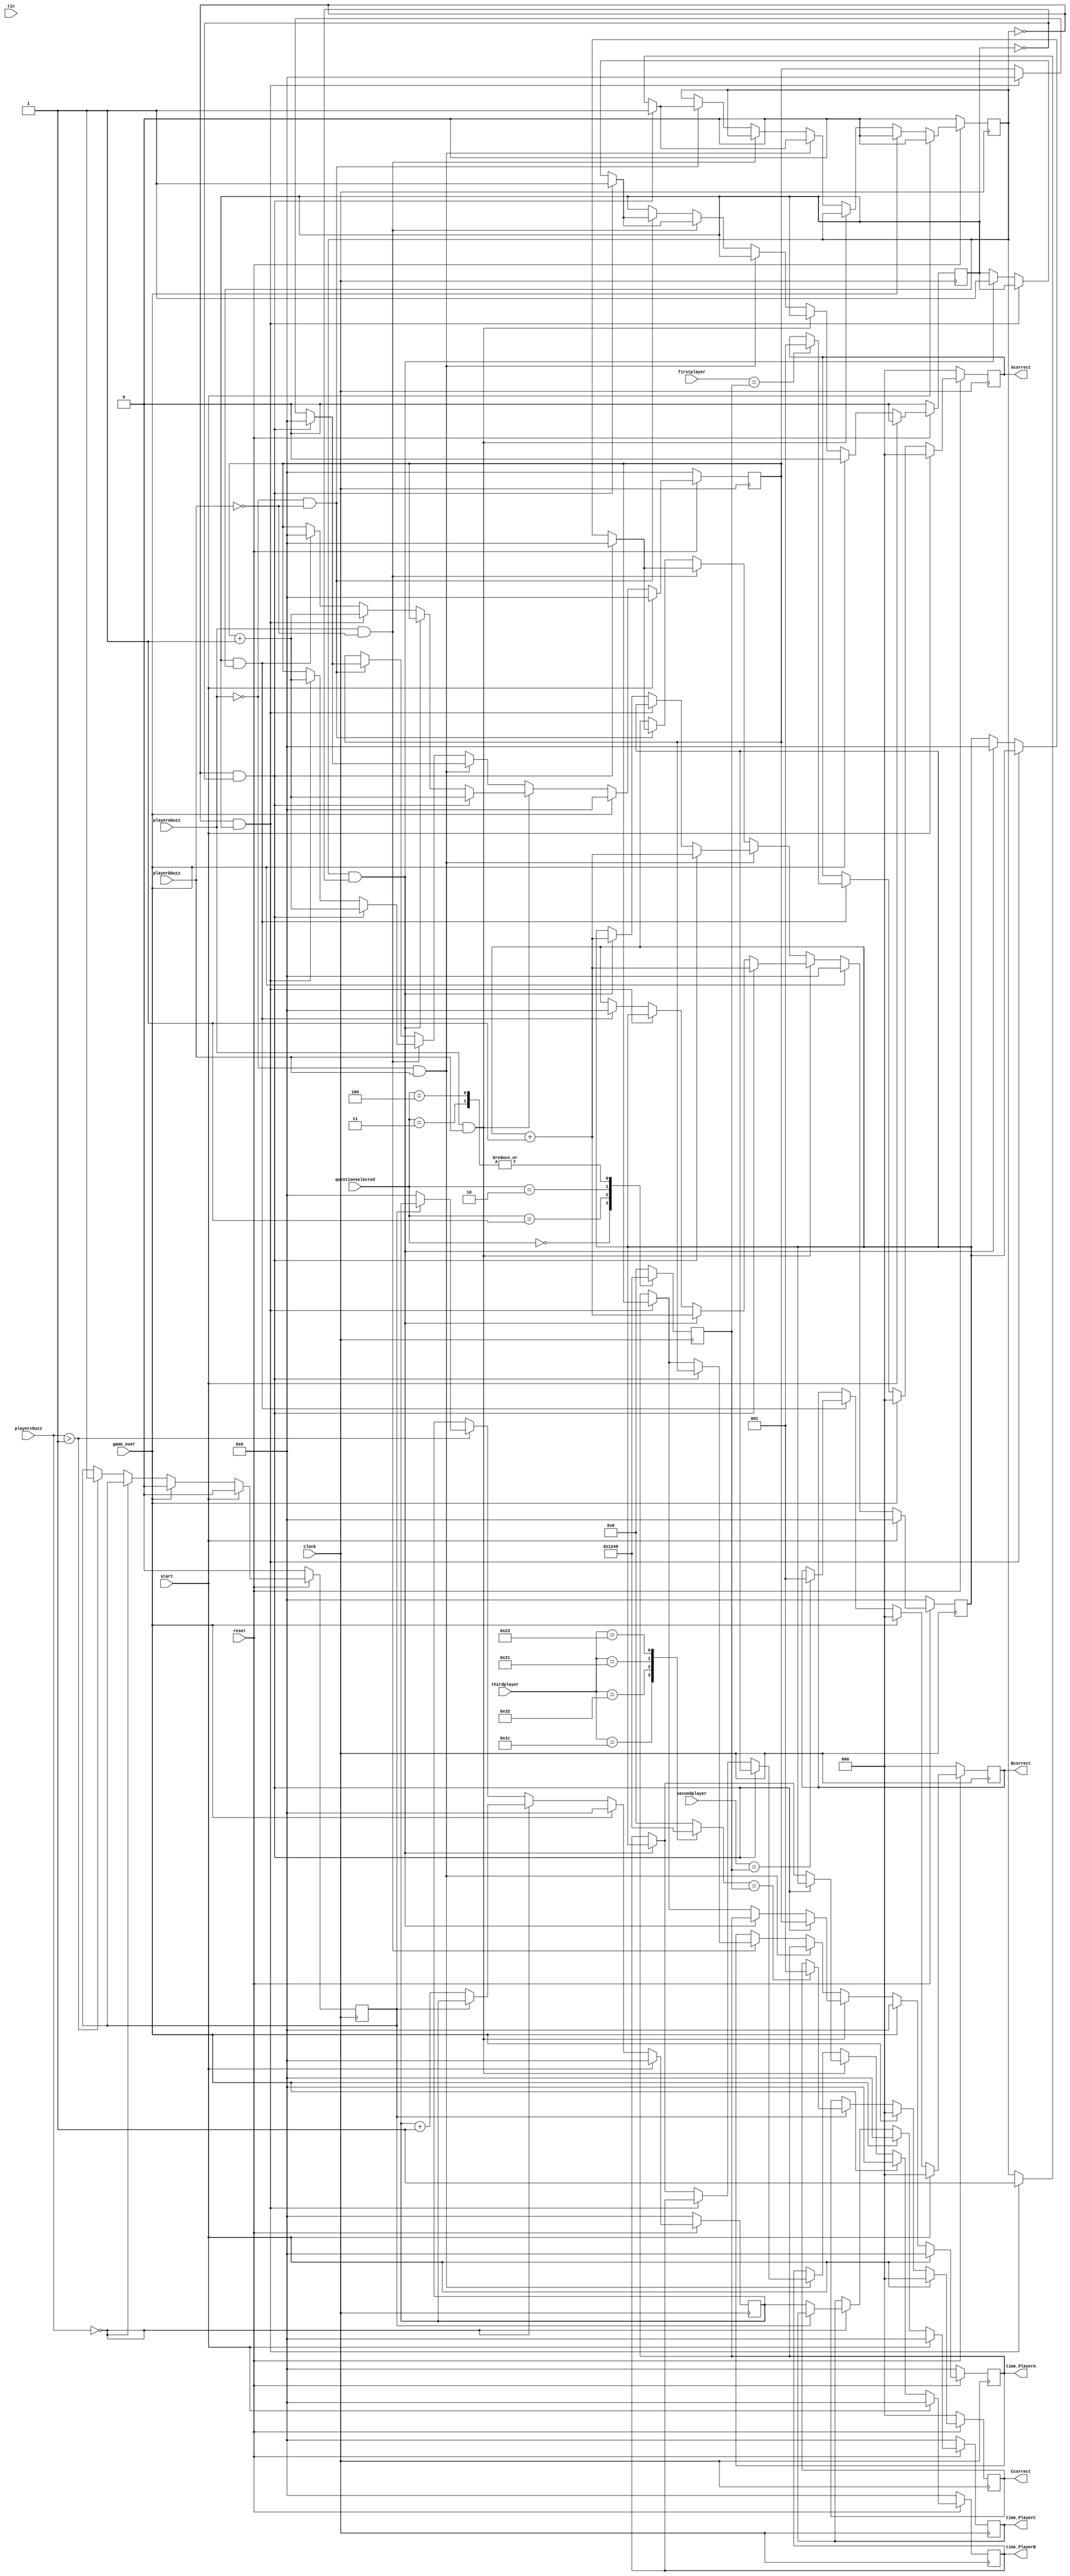
module datapath(tic,Acorrect,Bcorrect,Ccorrect,clock,reset,firstplayer,secondplayer,thirdplayer,time_PlayerA,
time_PlayerB,time_PlayerC,start,questionselected,playerabuzz,playerbbuzz,playercbuzz,game_over);

//ADD THIRD AND FOURTH PLAYER LATER
//FIRSTPLAYER IS OPTIONS
//QUESTION SELECTED IS THE QUESTION PATTERN SELECTED
//START IS GAME START
//player1buzz is the key from top module





 

input [3:0]firstplayer;//options
input [3:0]secondplayer;//options
input [7:0]thirdplayer;
reg [3:0]coptions;
//converting from keyboard to proper input 
always @(*)
 begin
 case (thirdplayer)
 8'h 1C: coptions=4'b0001;
 8'h 32: coptions=4'b0010;
 8'h 21: coptions=4'b0100;
 8'h 23: coptions=4'b1000;
default: coptions=4'b0000;
endcase
end 









input game_over;//comming from controller to display rankings 
input clock,start,reset;//start is comming from the controller to begin a new game


input tic;//comes every 1 millisecond from controller/top module

input[2:0] questionselected;//from control-determines which qs is selected

input playerabuzz,playerbbuzz;
input [7:0]playercbuzz;



output reg [25:0] time_PlayerA;//the time taken by each player
output reg [25:0] time_PlayerB;
output reg [25:0] time_PlayerC;




  

output reg  [2:0] Acorrect;//one bit wires to determine wether or not the player answered correctly 
output reg [2:0]Bcorrect;
output reg [2:0]Ccorrect;

reg [25:0]qa;//the time counting machinery
reg [25:0]qb;
reg [25:0] qc;


reg A_pressed;//signal the pressing of the buzzer-different from Abuzz and Bbuzz
reg B_pressed;
reg C_pressed;


//the correctoptions coding
reg [3:0]correctanswers;
always@(posedge clock)
begin
case(questionselected)//commimg from control deciding which answer is orrect for particular qs 
3'b000: correctanswers= 4'b0001;//answer to question 1 is option a(if question1)//one hot encoding intuitive 
 3'b001: correctanswers=4'b0010;//answer to question 2 is option b
 3'b010: correctanswers=4'b0100;//answer to question3 is option c
 3'b011: correctanswers=4'b1000;//answer to question4 is option d
 3'b100: correctanswers=4'b1000;//answer to question5 is also d
 
 default:correctanswers=4'b0000;//set default to 0
		
	
endcase
end


   
    
    // what is happening for evry question
    always@(posedge clock) begin
        if((!reset)  ) begin//this is manual reset after every question
            
				Acorrect<=3'b0;
				Bcorrect<=3'b0;
				Ccorrect<=3'b0;
				
				time_PlayerA<=25'b0;
				time_PlayerB<=25'b0;
				time_PlayerC<=25'b0;
				
				A_pressed<=1'b0;
		      B_pressed<=1'b0;
				C_pressed<=1'b0;
				
				qa<=0;
		      qb<=0;
				qc<=0;
				
				
        end

else begin//if not reset
           
			if(start)//game has begun reset all output signals-also reset after every question 
	         begin 
			
				Acorrect<=3'b0;
				Bcorrect<=3'b0; 
				Ccorrect<=3'b0;
				
				 
				time_PlayerA<=25'b0;
				time_PlayerB<=25'b0;
				time_PlayerC<=25'b0;
				
				
				
				A_pressed<=1'b0;
		      B_pressed<=1'b0;
				C_pressed<=1'b0;
				
				qa<=0;
		      qb<=0;
				qc<=0;
				
				
		      end
				
			
			
			else if(game_over)//controller signalled the end of game 
			     begin
				  //the logic to compute winner goes here-done in top level module 
			Acorrect<=3'b0;
				Bcorrect<=3'b0;
				Ccorrect<=3'b0;

				
				 
				time_PlayerA<=25'b0;
				time_PlayerB<=25'b0;
				time_PlayerC<=25'b0;
				
				
				
				A_pressed<=1'b0;
		      B_pressed<=1'b0;
				C_pressed<=1'b0;
				
				qa<=0;
		      qb<=0;
			    qc<=0;
			
			
			
			
			
			
			end
			
			
			
			else//game  not over yet, not new round so keep comp time and rankings 
			  begin
			  
			  //the timer logic
			  if(playerabuzz & playerbbuzz)//SEEMS LIKE nobody pressed
	     begin
		     if(A_pressed==0 &B_pressed==0 )//nobody pressed//
			     begin
				  //start counter for both players times
				  qa<=qa+1;
				  qb<=qb+1;
				  time_PlayerA<=qa;
				  time_PlayerB<=qb;
				  end
			 else if(A_pressed==1&B_pressed==0 )//A has already  given input B hasnt yet
			       begin
					 qb<=qb+1;//continue timer of B
					 time_PlayerB<=qb;
					 //do nothing with player a's time-taken care below
					 end
			else if(A_pressed==0 & B_pressed==1)//B gave input A didnt yet
      			begin
					  qa<=qa+1;
					 time_PlayerA<=qa;
					 end
			else if(B_pressed==1 & A_pressed==1)//both players have given inputs already and key debounced to 1
			       begin
					 qb<=0;//do nothing??
					 qa<=0;//dont increment counter keep time as it is to be stored in register
					 end
		 end
		else if(playerabuzz==0 & playerbbuzz==1)//THE VERY INSTANCE when  player A toggles his switch and B doesnt-sig delay
		      begin
			       if(A_pressed==0 &B_pressed==0)//first time input-ACCEPT-A pressing first B not pressed yet
			         begin
				      A_pressed<=1'b1;//make this one so it never enters loop again untill reset pressed
						qa<=0;//stop counter of A while result intact in register time_PlayerA
						qb<=qb+1;//keep counting B
						time_PlayerB<=qb;//assign and store time of B
						end
					 else if(A_pressed==0 & B_pressed==1)//B gave input, A is giving later-now
					      begin
							A_pressed<=1'b1;//make this one so it never enters loop again
					      qa<=0;//stop timer for A leave time_playerA intact
							//dont touch B
					      end
					else if(A_pressed==1 & B_pressed==0)//A has already given input trying again-dont accept!!-B not yet given
					     begin
						  qb<=qb+1;//increment time for qb
						  time_PlayerB<=qb;//store value in reg
						  //dont do anything with qa-already set to zeroor set to zero??
						  end
					else if (A_pressed==1 &B_pressed==1)//both player gave inputs-A trying again
				        begin
						  //do nothing ?? or set to zero??
						  end
		end
		else if(playerabuzz==1 & playerbbuzz==0)//player B had has pressed the buzzer
		       begin
			       if(A_pressed==0 &B_pressed==0)//first time input-ACCEPT-B A not pressed yet 
			         begin
				      B_pressed<=1'b1;//make this one so it never enters loop again untill reset pressed
						qb<=0;//stop counter of B while result intact in register time_PlayerB
						qa<=qa+1;//keep counting A
						time_PlayerA<=qa;//assign and store time of A
						end
					 else if(A_pressed==0 & B_pressed==1)//B gave input trying again!!, A not yet given
					      begin
							qa<=qa+1;//continue timer of A
					      time_PlayerA<=qa;//store value in register
							//dont touch B
					      end
					else if(A_pressed==1 & B_pressed==0)//A has already given input B is giving later-Now
					     begin
						  B_pressed<=1'b1;//so it never enters loop again 
						  qb<=0;//reset counter of B
						  //time stotrein in reg time_playerB
						  //dont touch A
						  end
					else if (A_pressed==1 &B_pressed==1)//both player gave inputs-B trying again
				        begin
						  //do nothing ?? or set to zero??
						  end
						  
			end
			
						  
	 else if (playerabuzz==0 & playerbbuzz==0)//both actually pressed together-is it even possible??
	        
			  //really difficult for two player to synchronise inputs with the same positive clock edge
			  
			  begin
			       if(A_pressed==0 &B_pressed==0)//first time input-accept for both A and B
			         begin
				      B_pressed<=1'b1;//make this one so it never enters loop again untill reset pressed
						qb<=0;//stop counter of B while result intact in register time_PlayerB
						A_pressed<=1'b1;//A has also pressed
						qa<=0;//set counter of A to zero
						end
					 else if(A_pressed==0 & B_pressed==1)//B gave input trying again!!, A not yet given
					      begin
							A_pressed<=1'b1;//so it never enters loop again 
							qa<=0;//stop timer of A now
					      
							//dont touch B
					      end
					else if(A_pressed==1 & B_pressed==0)//A has already given input trying again!B giving Now!!
					     begin
						  B_pressed<=1'b1;//so it never enters loop again 
						  qb<=0;//reset counter of B
						  //time stotrein in reg time_playerB
						  //dont touch A
						  end
					else if (A_pressed==1 &B_pressed==1)//both player gave inputs-B again trying again at same time !!
				        begin
						  //do nothing ?? or set to zero??
						  end
			  
					end
					
					//just trying the player C logic separately 
					if(playercbuzz==0)//if keyboard is  not pressed 
					  begin
					   if(C_pressed==0)
						   begin 
							qc<=qc+1;
							time_PlayerC<=qc;
							end
						else begin //if player already given  dont do anything 
					        end
						end
					else if(playercbuzz>8'h1)
					      begin
							if(C_pressed==0)//giving input first time 
							begin 
							qc<=0;//reset the timer store result in reg time_playerc
							C_pressed<=1'b1;
							end
							else
							begin
							end
						end
						
					
						
							
							
					  
					
				 
			  
		//now checked the timing for all players
      //output to top level-time if player is correct
      if(A_pressed &B_pressed)//both players have pressed their buzzers
	      begin
		     if(firstplayer==correctanswers)//check correct answer of player
			     begin
				  Acorrect<=3'b001;//SEND THIS TO top module sayinmg that player is correct for this answer
				
				  end
				if(secondplayer==correctanswers)
				  begin
				  Bcorrect<=3'b001;
				
			     end
				  
			end
	  if(C_pressed)
	     begin 
		     if(coptions==correctanswers)
			 begin
			Ccorrect<=3'b001;
		    end
			 
			  
        end
		  
		  
		  
		  
		  
		  
		  
		  
		  
	end 	  
		  
    end
	 

end	 
	 
endmodule